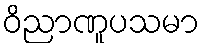
ဝိညာဏူပသမာ